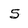
Character: 5